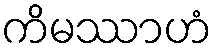
ကိမဿာဟံ